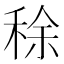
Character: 稌